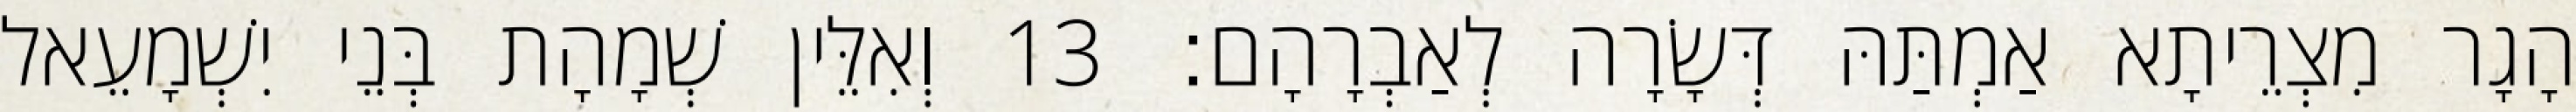
הָגָר מִצְרֵיתָא אַמְתַּהּ דְּשָׂרָה לְאַבְרָהָם׃ 13 וְאִלֵּין שְׁמָהָת בְּנֵי יִשְׁמָעֵאל